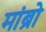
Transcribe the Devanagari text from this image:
मांब्रो